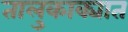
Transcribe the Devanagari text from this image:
तालुकाक्यात